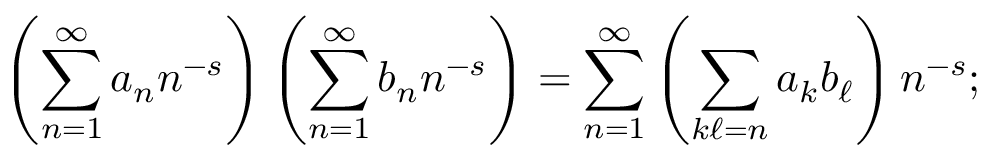
\left( \sum _ { n = 1 } ^ { \infty } a _ { n } n ^ { - s } \right) \left( \sum _ { n = 1 } ^ { \infty } b _ { n } n ^ { - s } \right) = \sum _ { n = 1 } ^ { \infty } \left( \sum _ { k \ell = n } a _ { k } b _ { \ell } \right) n ^ { - s } ;